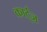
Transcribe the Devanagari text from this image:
कार्ट्ज़